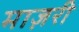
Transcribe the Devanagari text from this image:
माज़री